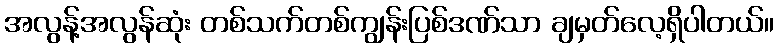
အလွန့်အလွန်ဆုံး တစ်သက်တစ်ကျွန်းပြစ်ဒဏ်သာ ချမှတ်လေ့ရှိပါတယ်။